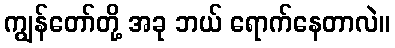
ကျွန်တော်တို့ အခု ဘယ် ရောက်နေတာလဲ။